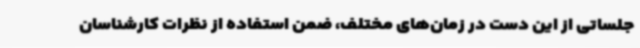
جلساتی از این دست در زمان‌های مختلف، ضمن استفاده از نظرات کارشناسان